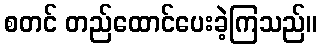
စတင် တည်ထောင်ပေးခဲ့ကြသည်။